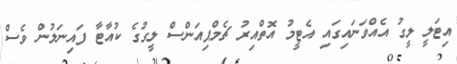
އިޓަލީ ލީގު އެއްވަނައިގައި އެޓީމު އޮތްއިރު ޗެމްޕިއަންސް ލީގުގެ ކުއާޓާ ފައިނަލުން ވެސް